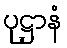
ပုဋ္ဌာနံ